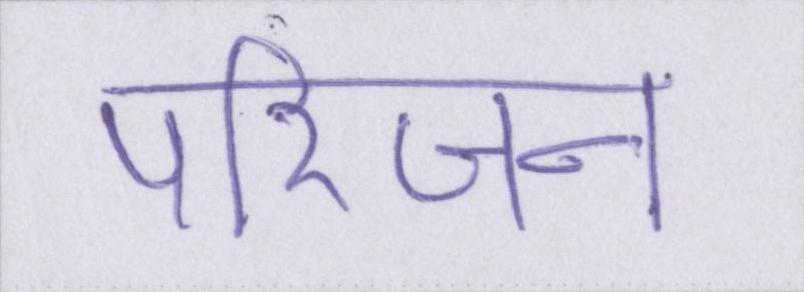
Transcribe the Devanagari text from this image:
परिजन